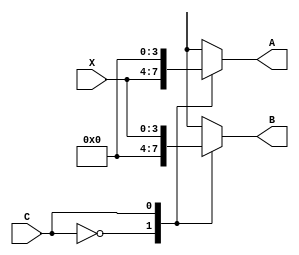
//PR 3 Perancangan Sistem Digital
//Fiorella Averina Gunawan
//NIM 19/443579/TK/48775
//Demux 1 to 2 Source Code (Modul Desain)

module demux1to2_4bit (X, A, B, C); //Membuat modul demux1to2_4bit dengan X, A, B, dan C sebagai parameter
    input [3:0] X; //Mendeklarasikan input X (array 1x4)
    input C; //Mendeklarasikan input C (yang akan bertindak sebagai selektor)
    output reg [3:0] A; //Mendeklarasikan output A (array 1x4) sebagai register
    output reg [3:0] B; //Mendeklarasikan output B (array 1x4) sebagai register
    wire Cnot; //Mendeklarasikan Cnot sebagai wire

always @(X or C) begin //Di bawah ini adalah kode yang akan selalu dieksekusi. Parameternya X dan C 
  case (C) //Switch-case loop dengan kasus nilai C yang berbeda-beda
  1'b0: begin //Kondisi pertama, jika C = 0
      A = X; //Output yang bernilai sama dengan input adalah output A
      B = 0; //Output B akan bernilai 0
  end //Akhir kondisi 1
  1'b1: begin //Kondisi kedua, jika C = 1
      A = 0; //Output A akan bernilai 0
      B = X; //Output B akan sama nilainya dengan input
  end //Akhir kondisi 2
  endcase //Akhir dari switch-case loop
end //Akhir dari blok always
endmodule //Akhir modul